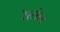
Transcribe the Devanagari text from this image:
रेस्टोरन्ट